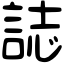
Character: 誌